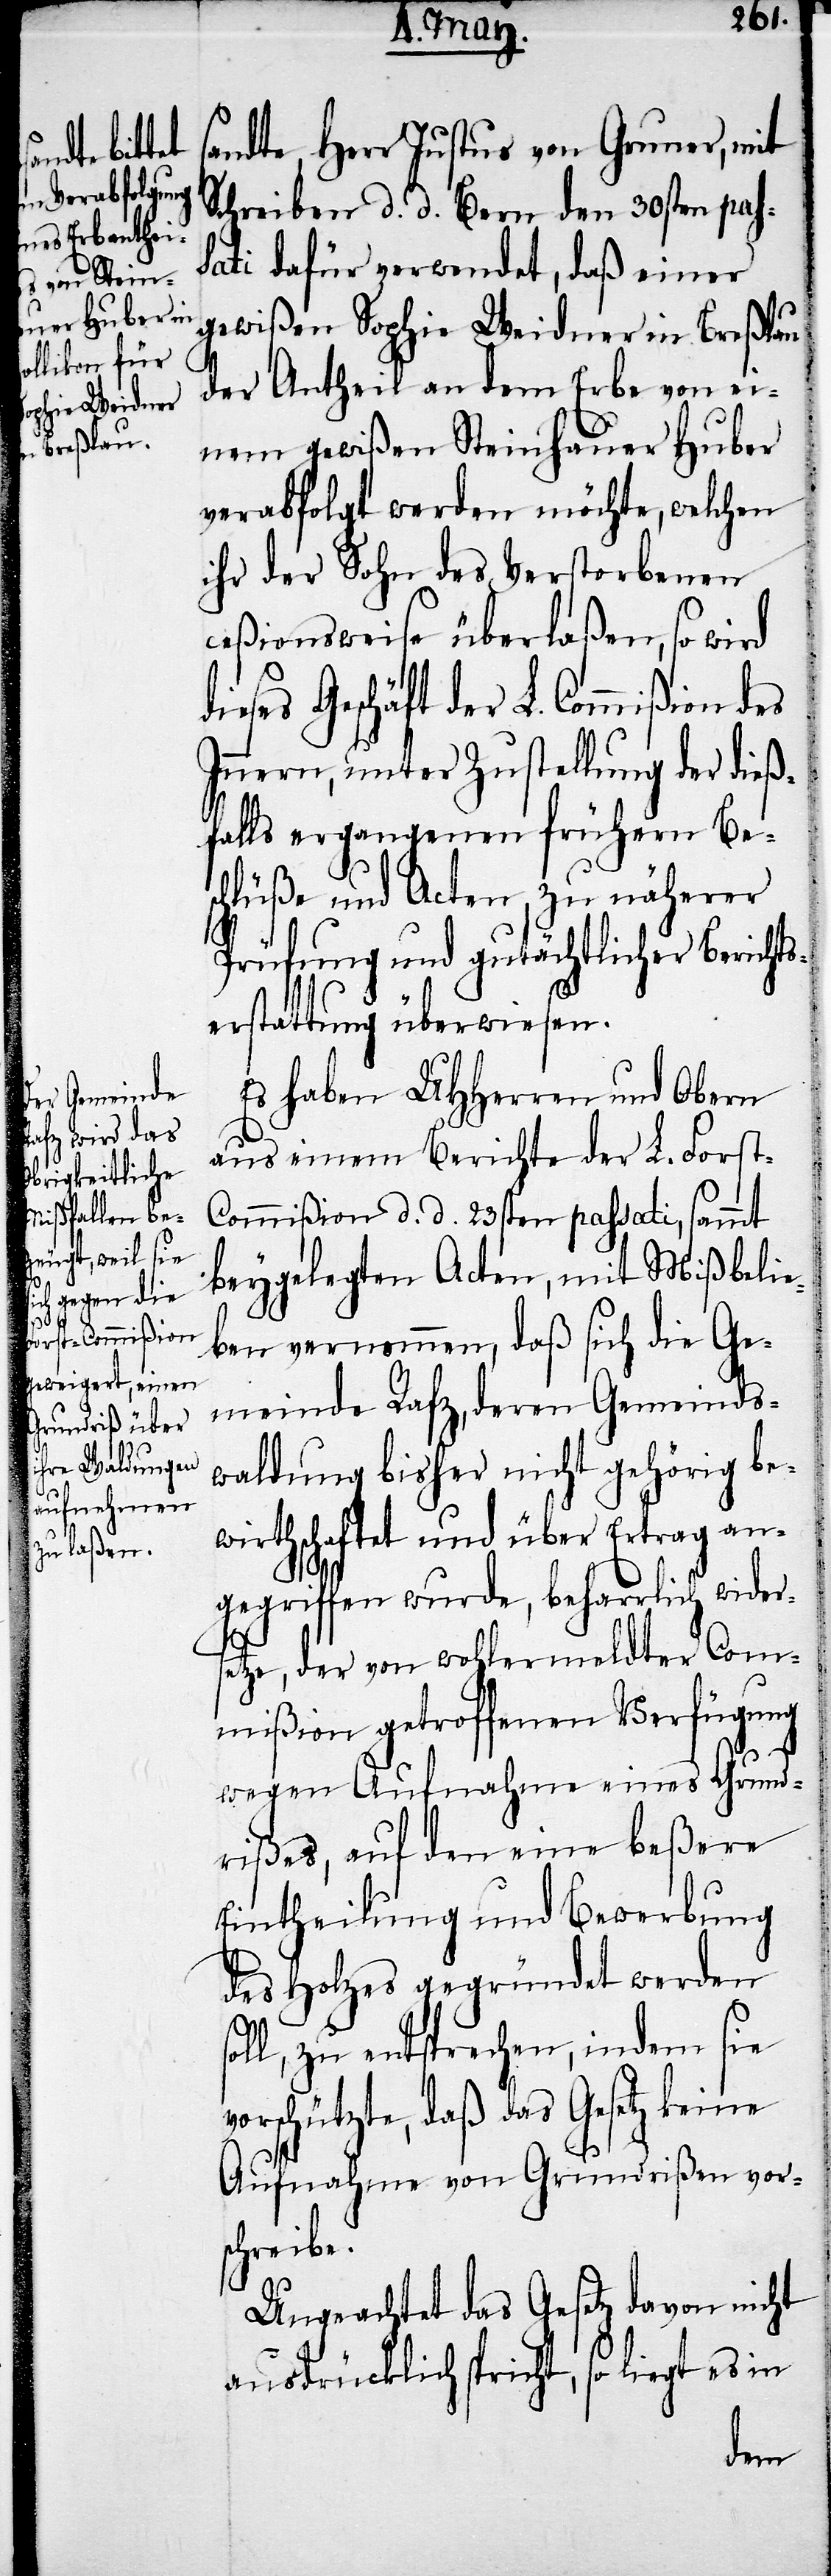
sandte, Herr Justus von Gruner, mit
Schreiben d. d. Bern den 30sten pas¬
sati dafür verwendet, daß einer
gewißen Sophie Weidner in Breßlau
der Antheil an dem Erbe von ei¬
niem gewißen Steinhauer Huber
verabfolgt werden möchte, welchen
ihr der Sohn des Verstorbenen
ceßionsweise überlaßen, so wird
ieses Geschäft der L. Commißion des
Innern, unter Zustellung der dieß¬
falls ergangenen frühern Be¬
schlüße und Acten, zu näherer
Prüfung und gutächtlicher Berichts¬
erstattung überwiesen.
Es haben UHHerren und Obern
aus einem Berichte der L. Forst-C¬
ommißion d. d. 23sten passati, sammt
beygelgten Acten, mit Mißbelie¬
ben vernommen, daß sich die Ge¬
meinde Rafz, deren Gemeinds¬
waldung bisher nicht gehörig be¬
wirthschaftet und über Ertrag an¬
gegriffen wurde, beharrlich wider¬
v¬
etze, der von wohlermeldter Com¬
mißion getroffenen Verfügung
wegen Aufnahme eines Grund¬
rißes, auf den eine beßere
Eintheilung und Bewerbung
des Holzes gegründet werden
soll, zu entsprechen, indem sie
orschützte, daß das Gesetz keine
Aufnahme von Grundrißen vor¬
schreibe.
Ungeachtet das Gesetz davon nicht
ausdrücklich spricht, so liegt es